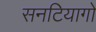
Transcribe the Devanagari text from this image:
सनटियागो